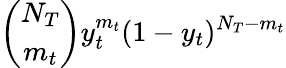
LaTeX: \binom{N_{T}}{m_{t}}y_{t}^{m_{t}}(1-y_{t})^{N_{T}-m_{t}}